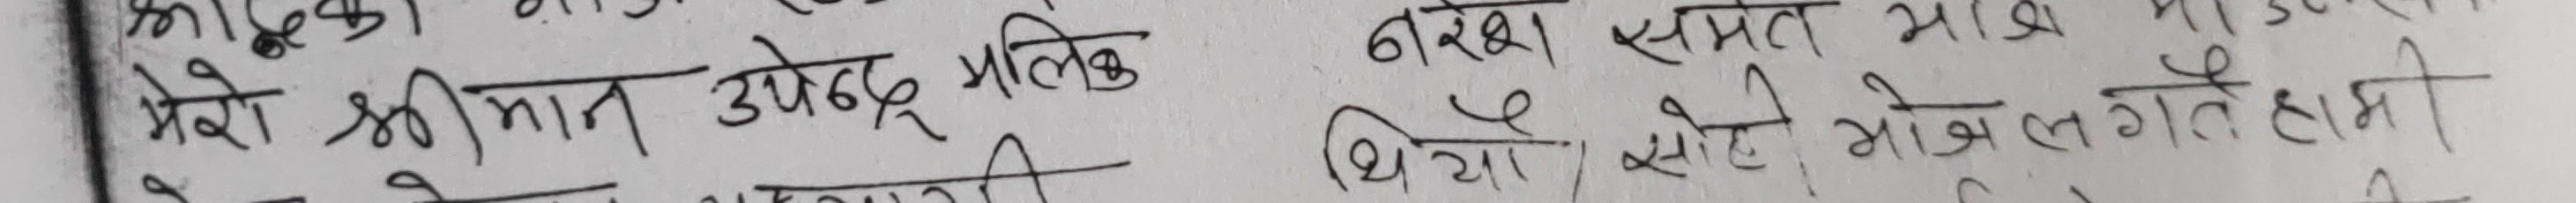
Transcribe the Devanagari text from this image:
मेरा श्रीमान् उपेन्द्र मलिक नरेश समेत माग्छ। थियो। सोधेको मन लागते हामी